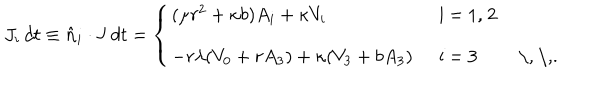
LaTeX: J _ { i } \, d t \equiv \hat { \bf n } _ { i } \cdot { \bf J } \, d t = \left\{ \left\{ \begin{cases} { { ( \mu r ^ { 2 } + \kappa b ) A _ { i } + \kappa V _ { i } \, } } & { { i = 1 , 2 } } \\ { { - r \lambda ( V _ { 0 } + r A _ { 3 } ) + \kappa ( V _ { 3 } + b A _ { 3 } ) \, } } & { { i = 3 \, \, . } } \\ \end{cases} \right. \right.